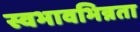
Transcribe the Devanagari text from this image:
स्वभावभिन्नता